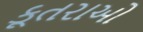
કૂતરાઓ